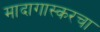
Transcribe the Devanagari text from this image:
मादागास्करचा